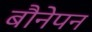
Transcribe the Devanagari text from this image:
बौनेपन